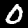
Label: 0